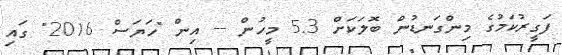
ފަގީރުކަމުގެ މިންގަނޑުން ބޮލަކަށް 5.3 މީހުން -- އިން "ހަޔަސް 2016" ގައި